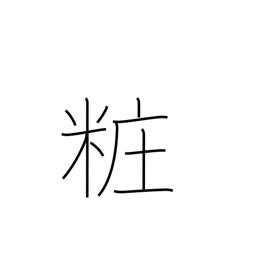
Meaning: adorn (one's person)